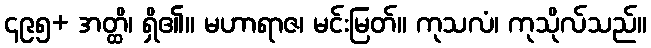
၄၉၅+ အတ္ထိ၊ ရှိ၏။ မဟာရာဇ၊ မင်းမြတ်။ ကုသလံ၊ ကုသိုလ်သည်။